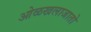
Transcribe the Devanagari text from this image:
ओळखलाजातो